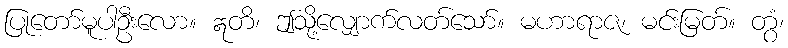
ပြုတော်မူပါဦးလော။ ဣတိ၊ ဤသို့လျှောက်လတ်သော်။ မဟာရာဇ၊ မင်းမြတ်။ တွံ၊